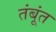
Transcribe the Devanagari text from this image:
तंबूंत